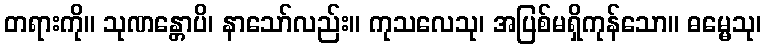
တရားကို။ သုဏန္တောပိ၊ နာသော်လည်း။ ကုသလေသု၊ အပြစ်မရှိကုန်သော။ ဓမ္မေသု၊